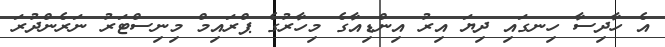
އެ ހާދިސާ ހިނގައި ދިޔަ އިރު އިންޑިއާގެ މިހާރުގެ ޕްރައިމް މިނިސްޓަރު ނަރެންދުރަ